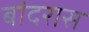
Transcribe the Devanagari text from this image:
बांदरास